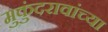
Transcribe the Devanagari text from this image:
मुकुंदरावांच्या